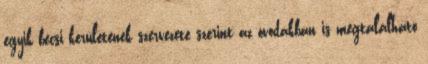
egyik bécsi kerületének szervezete szerint az óvodákban is megtalálható